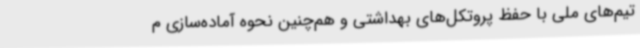
تیم‌های ملی با حفظ پروتکل‌های بهداشتی و هم‌چنین نحوه آماده‌سازی م